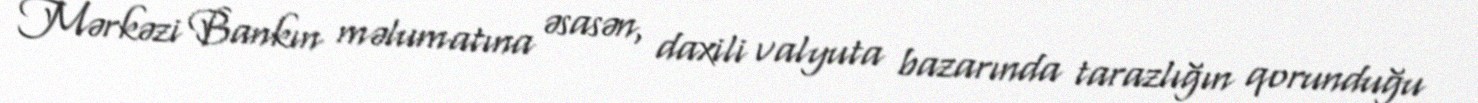
Mərkəzi Bankın məlumatına əsasən, daxili valyuta bazarında tarazlığın qorunduğu